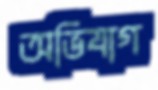
অভিযাগ